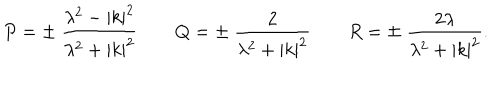
LaTeX: P = \pm \ { \frac { \lambda ^ { 2 } - | k | ^ { 2 } } { \lambda ^ { 2 } + | k | ^ { 2 } } } \qquad Q = \pm \ { \frac { 2 } { \lambda ^ { 2 } + | k | ^ { 2 } } } \qquad R = \mp \ { \frac { 2 \lambda } { \lambda ^ { 2 } + | k | ^ { 2 } } } .